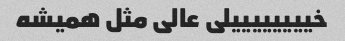
خییییییییلی عالی مثل همیشه